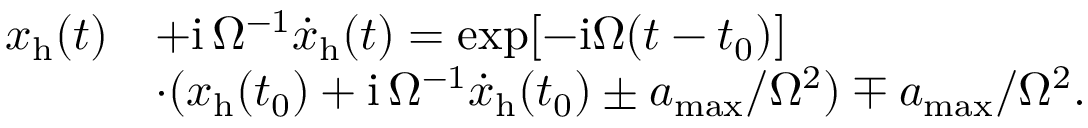
\begin{array} { r l } { x _ { \mathrm { h } } ( t ) } & { + \mathrm { i } \, \Omega ^ { - 1 } { \dot { x } } _ { \mathrm { h } } ( t ) = \exp [ - \mathrm { i } \Omega ( t - t _ { 0 } ) ] } \\ & { \cdot ( x _ { \mathrm { h } } ( t _ { 0 } ) + \mathrm { i } \, \Omega ^ { - 1 } { \dot { x } } _ { \mathrm { h } } ( t _ { 0 } ) \pm a _ { \mathrm { m a x } } / \Omega ^ { 2 } ) \mp a _ { \mathrm { m a x } } / \Omega ^ { 2 } . } \end{array}